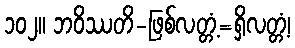
၁၀၂။ ဘဝိဿတိ-ဖြစ်လတ္တံ့=ရှိလတ္တံ့၊